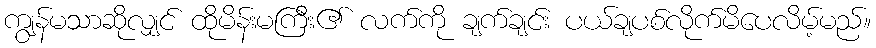
ကျွန်မသာဆိုလျှင် ထိုမိန်းမကြီး၏ လက်ကို ချက်ချင်း ပယ်ချပစ်လိုက်မိပေလိမ့်မည်။